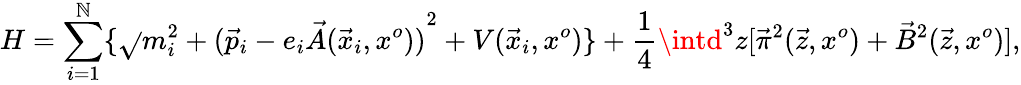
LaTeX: H=\sum_{i=1}^{\mathbb{N}}\lbrace\sqrt{}{{m_{i}^{2}+{({\vec{{p}}}_{i}-e_{i}\vec{{A}}({\vec{{x}}}_{i},x^{o}))}^{2}}}+V({\vec{{x}}}_{i},x^{o})\rbrace+{\frac{{1}}{{4}}}\intd^{3}z[{\vec{{\pi}}}^{2}(\vec{{z}},x^{o})+{\vec{{B}}}^{2}(\vec{{z}},x^{o})],